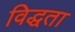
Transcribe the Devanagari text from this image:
विद्धता